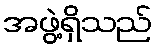
အဖွဲ့ရှိသည်